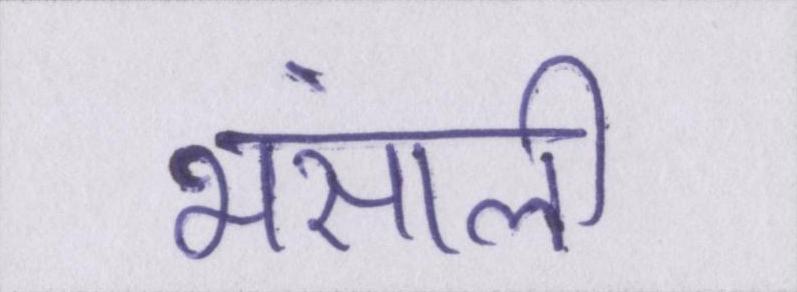
भंसाली